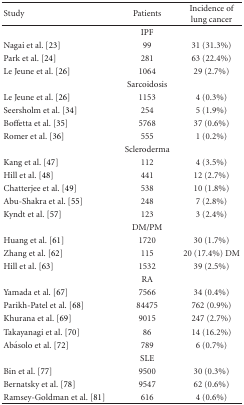
<table><thead><tr><td><b>Study</b></td><td><b>Patients</b></td><td><b>Incidence of lung cancer</b></td></tr></thead><tbody><tr><td></td><td>IPF</td><td></td></tr><tr><td>Nagai et al. [23]</td><td>99</td><td>31 (31.3%)</td></tr><tr><td>Park et al. [24]</td><td>281</td><td>63 (22.4%)</td></tr><tr><td>Le Jeune et al. [26]</td><td>1064</td><td>29 (2.7%)</td></tr><tr><td></td><td>Sarcoidosis</td><td></td></tr><tr><td>Le Jeune et al. [26]</td><td>1153</td><td>4 (0.3%)</td></tr><tr><td>Seersholm et al. [34]</td><td>254</td><td>5 (1.9%)</td></tr><tr><td>Boffetta et al. [35]</td><td>5768</td><td>37 (0.6%)</td></tr><tr><td>Romer et al. [36]</td><td>555</td><td>1 (0.2%)</td></tr><tr><td></td><td>Scleroderma</td><td></td></tr><tr><td>Kang et al. [47]</td><td>112</td><td>4 (3.5%)</td></tr><tr><td>Hill et al. [48]</td><td>441</td><td>12 (2.7%)</td></tr><tr><td>Chatterjee et al. [49]</td><td>538</td><td>10 (1.8%)</td></tr><tr><td>Abu-Shakra et al. [55]</td><td>248</td><td>7 (2.8%)</td></tr><tr><td>Kyndt et al. [57]</td><td>123</td><td>3 (2.4%)</td></tr><tr><td></td><td>DM/PM</td><td></td></tr><tr><td>Huang et al. [61]</td><td>1720</td><td>30 (1.7%)</td></tr><tr><td>Zhang et al. [62]</td><td>115</td><td>20 (17.4%) DM</td></tr><tr><td>Hill et al. [63]</td><td>1532</td><td>39 (2.5%)</td></tr><tr><td></td><td>RA</td><td></td></tr><tr><td>Yamada et al. [67]</td><td>7566</td><td>34 (0.4%)</td></tr><tr><td>Parikh-Patel et al. [68]</td><td>84475</td><td>762 (0.9%)</td></tr><tr><td>Khurana et al. [69]</td><td>9015</td><td>247 (2.7%)</td></tr><tr><td>Takayanagi et al. [70]</td><td>86</td><td>14 (16.2%)</td></tr><tr><td>Abásolo et al. [72]</td><td>789</td><td>6 (0.7%)</td></tr><tr><td></td><td>SLE</td><td></td></tr><tr><td>Bin et al. [77]</td><td>9500</td><td>30 (0.3%)</td></tr><tr><td>Bernatsky et al. [78]</td><td>9547</td><td>62 (0.6%)</td></tr><tr><td>Ramsey-Goldman et al. [81]</td><td>616</td><td>4 (0.6%)</td></tr></tbody></table>